Civil Veterinary Department ledger series I-VI
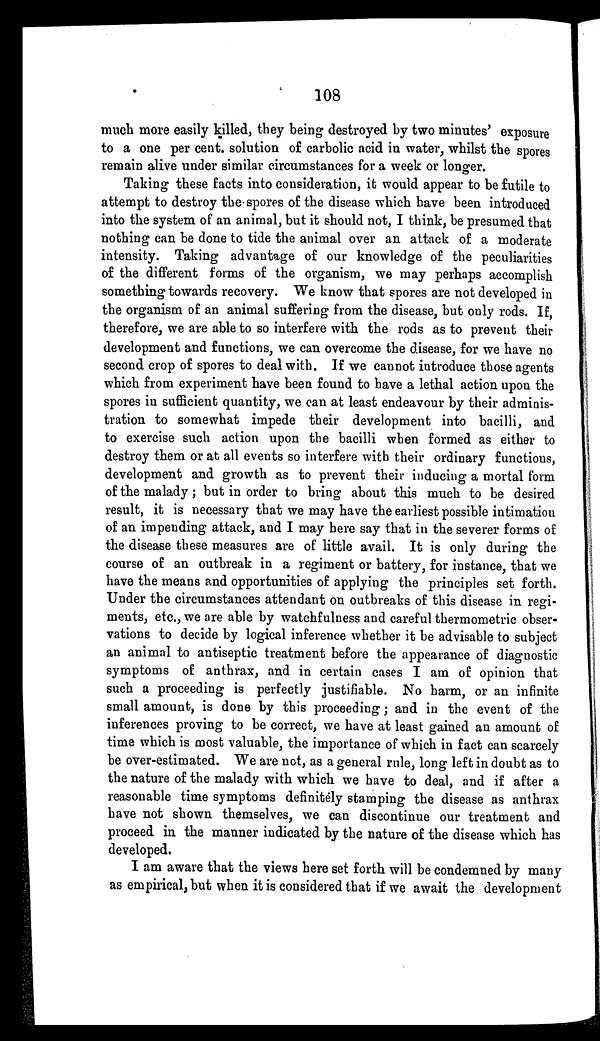
108
much more easily killed, they being destroyed by two minutes' exposure
to a one per cent. solution of carbolic acid in water, whilst the spores
remain alive under similar circumstances for a week or longer.
Taking these facts into consideration, it would appear to be futile to
attempt to destroy the spores of the disease which have been introduced
into the system of an animal, but it should not, I think, be presumed that
nothing can be done to tide the animal over an attack of a moderate
intensity. Taking advantage of our knowledge of the peculiarities
of the different forms of the organism, we may perhaps accomplish
something towards recovery. We know that spores are not developed in
the organism of an animal suffering from the disease, but only rods. If,
therefore, we are able to so interfere with the rods as to prevent their
development and functions, we can overcome the disease, for we have no
second crop of spores to deal with. If we cannot introduce those agents
which from experiment have been found to have a lethal action upon the
spores in sufficient quantity, we can at least endeavour by their adminis-
tration to somewhat impede their development into bacilli, and
to exercise such action upon the bacilli when formed as either to
destroy them or at all events so interfere with their ordinary functions,
development and growth as to prevent their inducing a mortal form
of the malady; but in order to bring about this much to be desired
result, it is necessary that we may have the earliest possible intimation
of an impending attack, and I may here say that in the severer forms of
the disease these measures are of little avail. It is only during the
course of an outbreak in a regiment or battery, for instance, that we
have the means and opportunities of applying the principles set forth.
Under the circumstances attendant on outbreaks of this disease in regi-
ments, etc., we are able by watchfulness and careful thermometric obser-
vations to decide by logical inference whether it be advisable to subject
an animal to antiseptic treatment before the appearance of diagnostic
symptoms of anthrax, and in certain cases I am of opinion that
such a proceeding is perfectly justifiable. No harm, or an infinite
small amount, is done by this proceeding; and in the event of the
inferences proving to be correct, we have at least gained an amount of
time which is most valuable, the importance of which in fact can scarcely
be over-estimated. We are not, as a general rule, long left in doubt as to
the nature of the malady with which we have to deal, and if after a
reasonable time symptoms definitely stamping the disease as anthrax
have not shown themselves, we can discontinue our treatment and
proceed in the manner indicated by the nature of the disease which has
developed.
I am aware that the views here set forth will be condemned by many
as empirical, but when it is considered that if we await the development